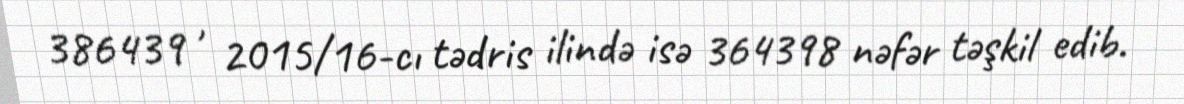
386439 , 2015/16-cı tədris ilində isə 364398 nəfər təşkil edib.